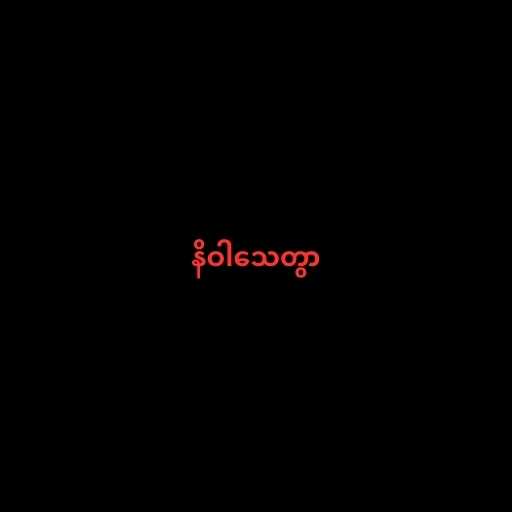
နိဝါသေတွာ